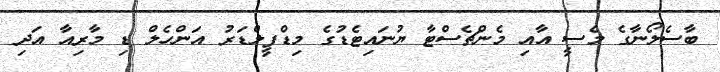
ބާސެލޯނާގެ މެސީ އާއި މެންޗެސްޓާ ޔުނައިޓެޑުގެ މިޑްފީލްޑަރު އަންހެލް ޑި މާރިއާ އަދި